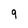
Character: 9